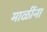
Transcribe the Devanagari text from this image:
माळींना